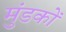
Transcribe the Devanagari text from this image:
मुंडकों